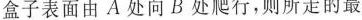
盒子表面由A处向B处爬行，则所走的最